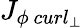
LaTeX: {J}_{\phi\ curl_{\perp}}